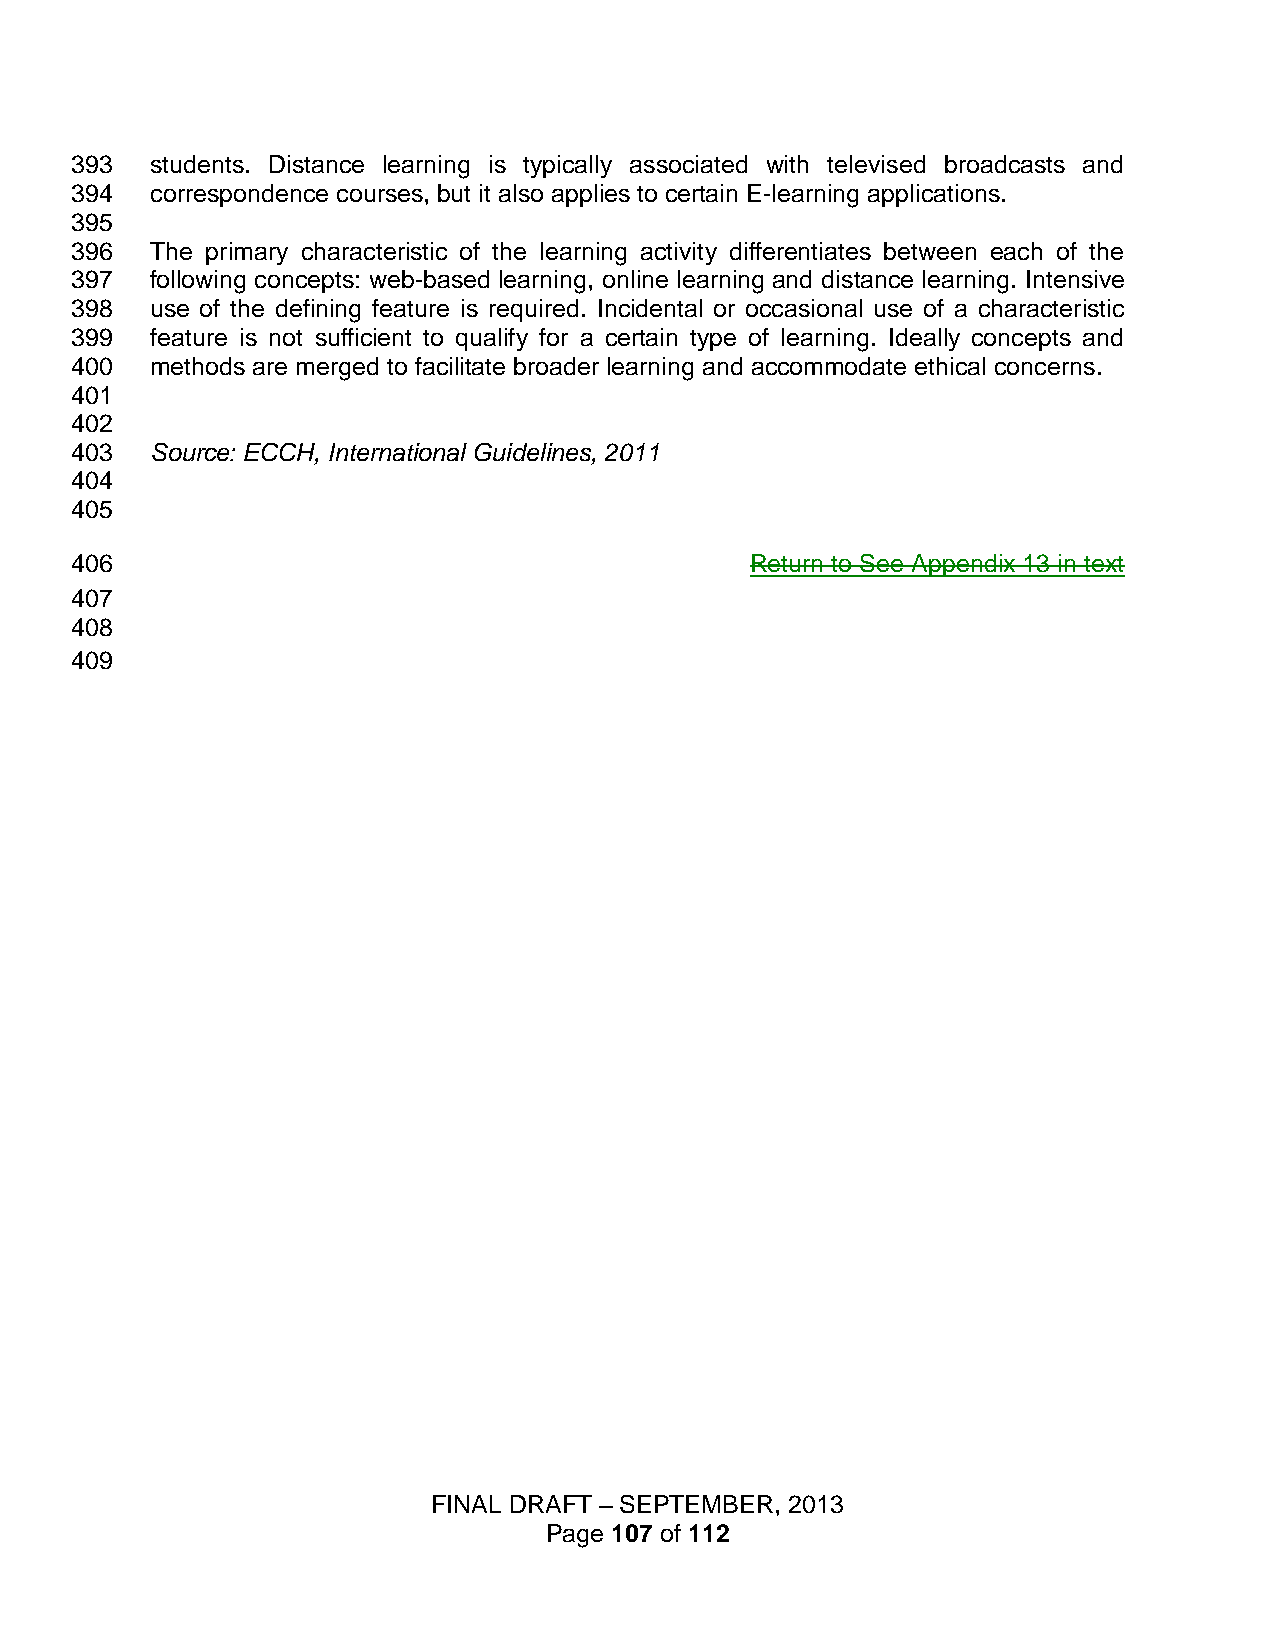
393  students. Distance learning is typically associated with televised broadcasts and
 394  correspondence courses, but it also applies to certain E-learning applications.
 395
 396  The primary characteristic of the learning activity differentiates between each of the
 397  following concepts: web-based learning, online learning and distance learning. Intensive
 398  use of the defining feature is required. Incidental or occasional use of a characteristic
 399  feature is not sufficient to qualify for a certain type of learning. Ideally concepts and
 400  methods are merged to facilitate broader learning and accommodate ethical concerns.
 401
 402
 403  Source: ECCH, International Guidelines, 2011
 404
 405
 406                                          Return to See Appendix 13 in text
 407
 408
 409
 FINAL DRAFT – SEPTEMBER, 2013
 Page 107 of 112